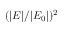
( | E | / | E _ { 0 } | ) ^ { 2 }